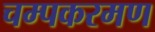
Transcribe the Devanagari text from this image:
चम्पकरमण